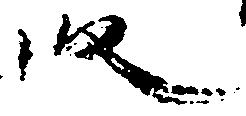
段